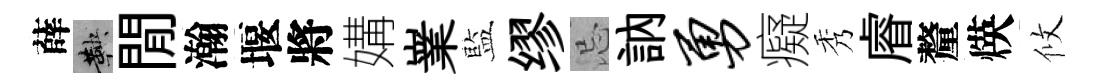
薛鞅閒瀚堰將媾嶪藍缪忌訥勇癡秀𥈠釐煐攸